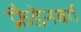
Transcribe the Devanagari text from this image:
फ्रैडेनबर्ग